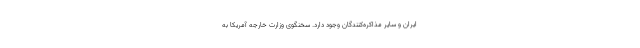
ایران و سایر مذاکره‌کنندگان وجود دارد. سخنگوی وزارت خارجه آمریکا به